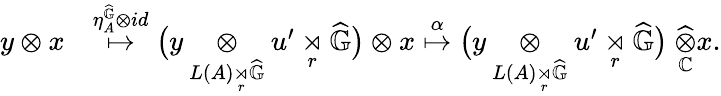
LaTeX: \begin{array}{rl}{y\otimes x}&{\overset{\eta_{A}^{\widehat{\mathbb{G}}}\otimes id}{\mapsto}\big(y\underset{L(A)\underset{r}{\rtimes}\widehat{\mathbb{G}}}{\otimes}u^{\prime}\underset{r}{\rtimes}\widehat{\mathbb{G}}\big)\otimes x\overset{\alpha}{\mapsto}\big(y\underset{L(A)\underset{r}{\rtimes}\widehat{\mathbb{G}}}{\otimes}u^{\prime}\underset{r}{\rtimes}\widehat{\mathbb{G}}\big)\ \underset{\mathbb{C}}{\widehat{\otimes}}x.}\end{array}